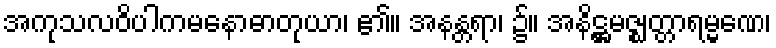
အကုသလဝိပါကမနောဓာတုယာ၊ ၏။ အနန္တရာ၊ ၌။ အနိဋ္ဌမဇ္ဈတ္တာရမ္မဏေ၊